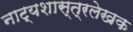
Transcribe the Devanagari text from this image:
नाट्यशास्त्रलेखक